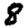
Digit: 8